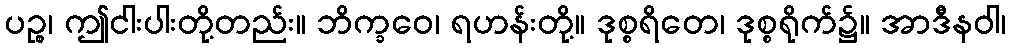
ပဉ္စ၊ ဤငါးပါးတို့တည်း။ ဘိက္ခဝေ၊ ရဟန်းတို့။ ဒုစ္စရိတေ၊ ဒုစ္စရိုက်၌။ အာဒီနဝါ၊